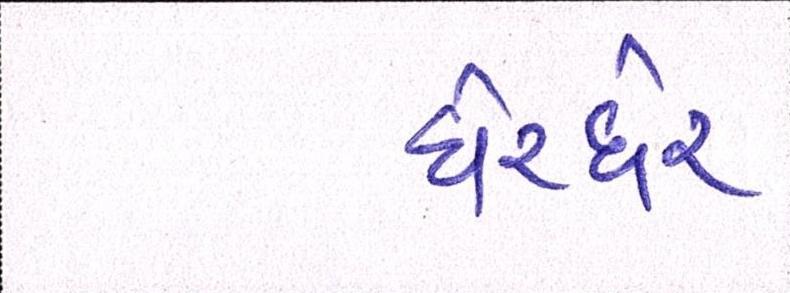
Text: ઘેરઘેર